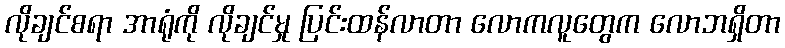
လိုချင်စရာ အာရုံကို လိုချင်မှု ပြင်းထန်လာတာ လောကလူတွေက လောဘရှိတာ